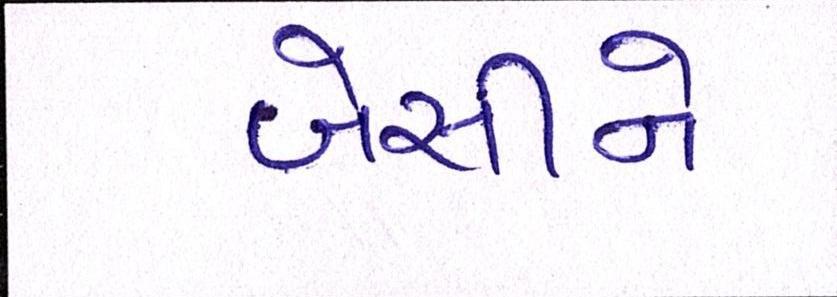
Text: બેસીને